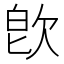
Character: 𣢼